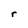
Character: r